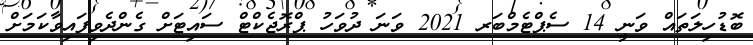
ބޮޑުހިލަތައް ވަނީ 14 ސެޕްޓެމްބަރ 2021 ވަނަ ދުވަހު ޕްރޮޖެކްޓް ސައިޓަށް ގެންދެވިފައިވާކަމަށް